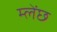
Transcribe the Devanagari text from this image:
म्लेंछ